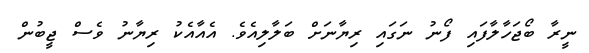
ނީރާ ބޯޖަހާލާފައި ފޯނު ނަގައި ރިޔާނަށް ބަލާލިއެވެ. އެއާއެކު ރިޔާނު ވެސް ޖީބުން